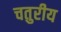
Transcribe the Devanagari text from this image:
चतुरीय